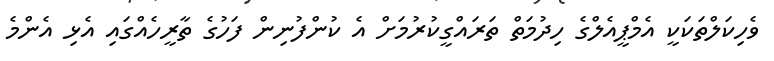
ވެހިކަލްތަކަކީ އެމްޕީއެލްގެ ހިދުމަތް ތަރައްގީކުރުމަށް އެ ކުންފުނިން ފަހުގެ ތާރީހެއްގައި އެޅި އެންމެ